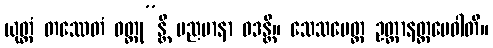
ယုတ္တံ တဿေတံ ဝတ္တု”န္တိ မညမာနာ ဝဒန္တိ။ သေသမေတ္ထ ဥတ္တာနတ္ထမေဝါတိ။